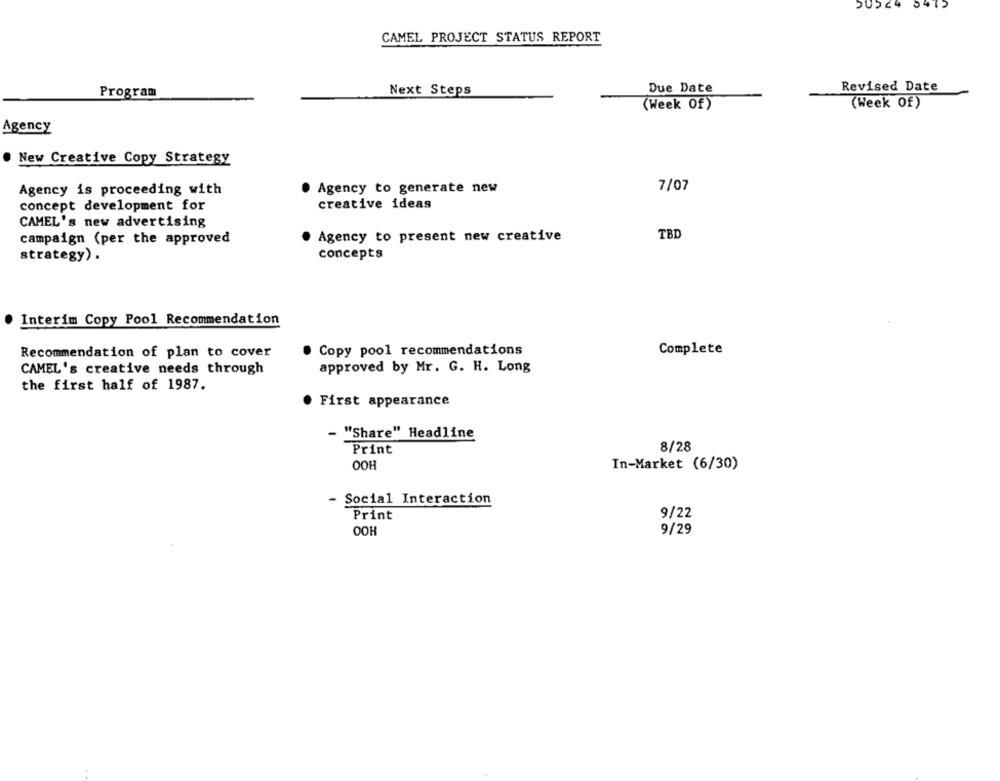
50524
54
CAMEL PROJECT STATUS REPORT
Program
Next Steps
Due Date
Revised Date
(Week Of)
(Week Of)
Agency
New Creative Copy Strategy
7/07
Agency is proceeding with
Agency to generate new
concept development for
creative ideas
CAMEL's new advertising
TBD
campaign (per the approved
Agency to present new creative
strategy).
concepts
Interim Copy Pool Recommendation
· Copy pool recommendations
Complete
Recommendation of plan to cover
CAMEL's creative needs through
approved by Mr. G. H. Long
the first half of 1987.
· First appearance
- "Share" Headline
Print
8/28
OOH
In-Market (6/30)
- Social Interaction
Print
9/22
OOH
9/29